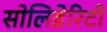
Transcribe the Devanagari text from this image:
सोलिडेरिटी